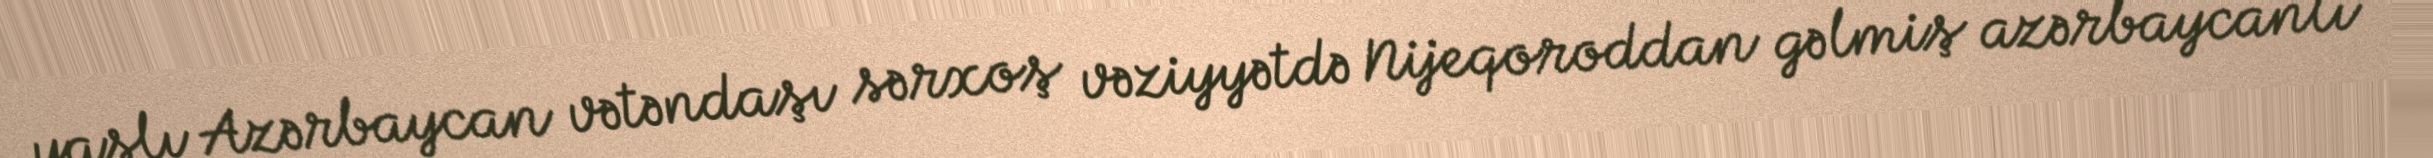
yaşlı Azərbaycan vətəndaşı sərxoş vəziyyətdə Nijeqoroddan gəlmiş azərbaycanlı